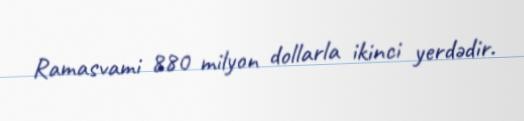
Ramasvami 880 milyon dollarla ikinci yerdədir.